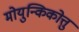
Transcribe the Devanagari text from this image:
मोयुन्किकोत्तु